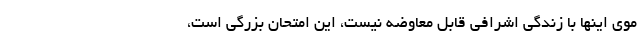
موی اینها با زندگی اشرافی قابل معاوضه نیست، این امتحان بزرگی است،